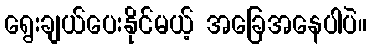
ရွေးချယ်ပေးနိုင်မယ့် အခြေအနေပါပဲ။